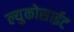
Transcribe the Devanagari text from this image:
ल्युकोसाईट